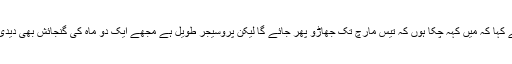
انہوںنے کہا کہ میں کہہ چکا ہوں کہ تیس مارچ تک جھاڑو پھر جائے گا لیکن پروسیجر طویل ہے مجھے ایک دو ماہ کی گنجائش بھی دیدی جائے۔